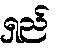
ရှည်